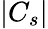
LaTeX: |C_{s}|